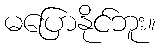
မပြောနိုင်ဘူး။